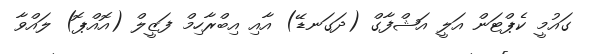
ގައުމީ ކެޕްޓަން އަލީ އަޝްފާގް (ދަގަނޑޭ) އާއި އިބްރާހިމް ފަޒީލް (އޮއްޕޮ) ލައްވާ